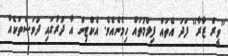
''ވީރް ޒާރާ'' ފަދަ އެތައް ފިލްމުތައް ހިމެނެއެވެ. އެކްޓިން އާ ދުރުގައި ދުވަސްތަކެއް